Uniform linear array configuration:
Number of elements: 64
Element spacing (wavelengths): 0.25
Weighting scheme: kaiser
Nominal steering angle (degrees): -45
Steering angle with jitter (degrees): -45.344
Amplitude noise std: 0.05
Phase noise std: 0.05

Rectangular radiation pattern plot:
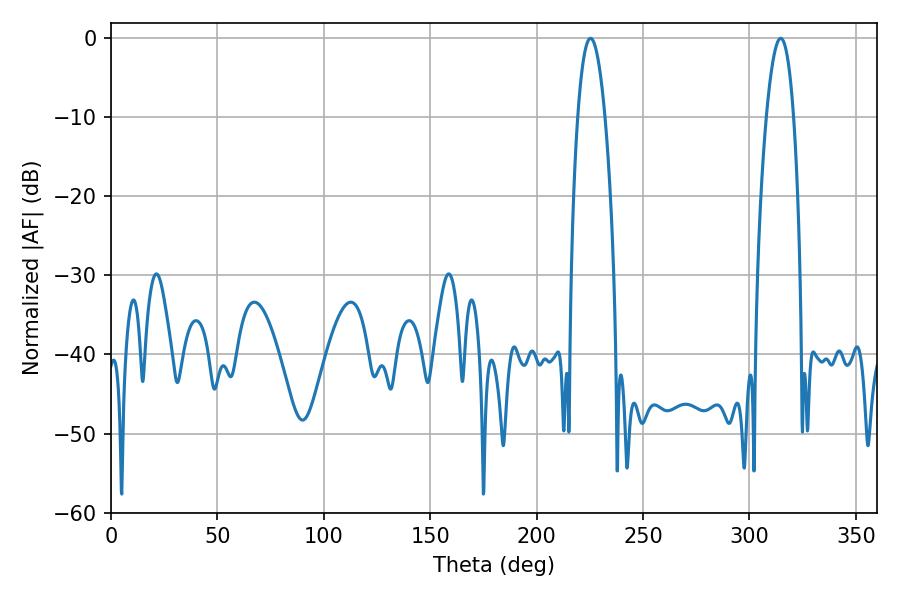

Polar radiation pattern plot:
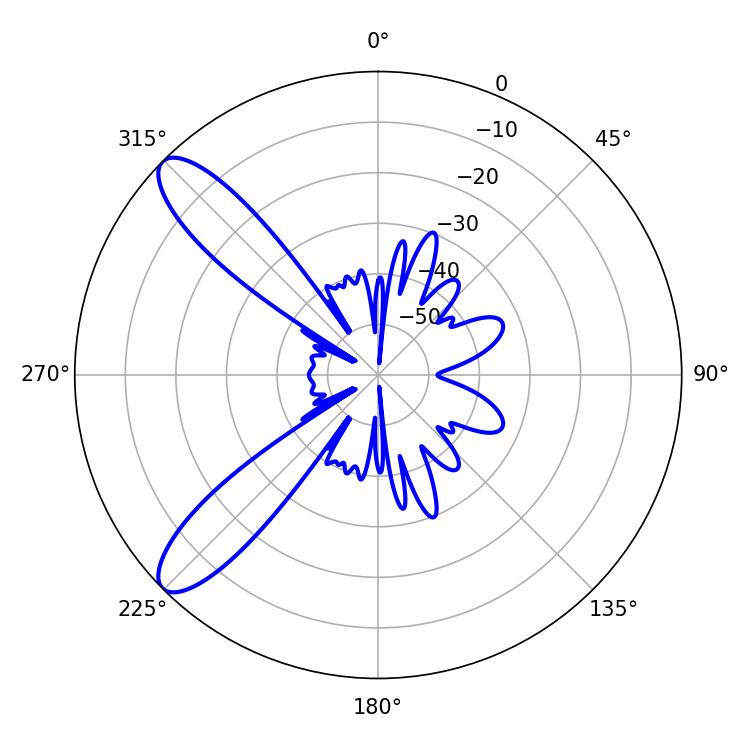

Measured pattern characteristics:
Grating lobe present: FALSE
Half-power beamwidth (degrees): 7.02
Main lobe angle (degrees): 225.36